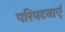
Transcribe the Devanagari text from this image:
परिघटनाएं